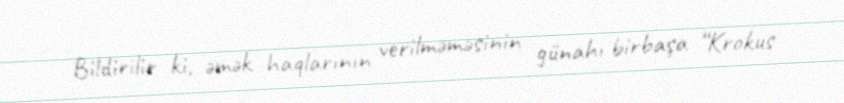
Bildirilir ki, əmək haqlarının verilməməsinin günahı birbaşa “Krokus